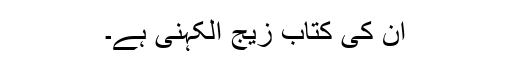
ان کی کتاب زیجِ الکہنی ہے۔